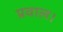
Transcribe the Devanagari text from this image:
प्रवाल।